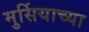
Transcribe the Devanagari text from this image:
मुर्सियाच्या